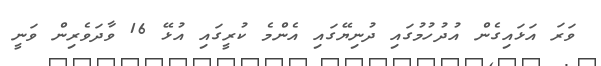
ވަރަ އަޅައިގެން އުދުހުމުގައި ދުނިޔޭގައި އެންމެ ކުރީގައި އުޅޭ 16 ވާދަވެރިން ވަނީ